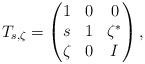
LaTeX: \begin{align*} T_{s, \zeta}=\begin{pmatrix} 1 & 0 & 0 \\ s & 1 & {\zeta}^{\ast} \\ \zeta & 0 & I \end{pmatrix}, \end{align*}